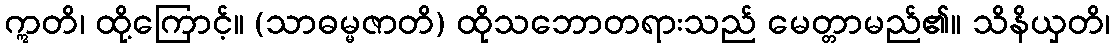
ဣတိ၊ ထို့ကြောင့်။ (သာဓမ္မဇာတိ) ထိုသဘောတရားသည် မေတ္တာမည်၏။ သိနိယှတိ၊